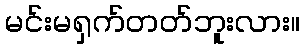
မင်းမရှက်တတ်ဘူးလား။